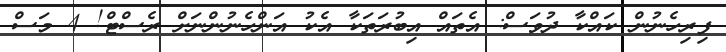
ފިރިހެނުން ކައްކާ ދުވަސް: އެތައް އިބުރަތަކާ އެކު އަންހެނުންނަށް ރެސްޓް! 4 މަސް